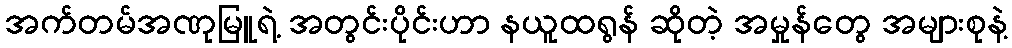
အက်တမ်အဏုမြူရဲ့ အတွင်းပိုင်းဟာ နယူထရွန် ဆိုတဲ့ အမှုန်တွေ အများစုနဲ့